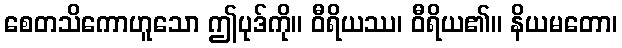
စေတသိကောဟူသော ဤပုဒ်ကို။ ဝီရိယဿ၊ ဝီရိယ၏။ နိယမတော၊